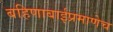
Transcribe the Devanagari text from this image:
बहिणाबाईप्रमाणेच